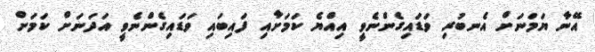
އޭނާ ޔަމަނަށް އެނބުރި ވަޑައިގެންނެވީ އިއްޔެ ކަމަށާއި ފައިބައި ވަޑައިގެންނެވީ އަދަނަށް ކަމަށް